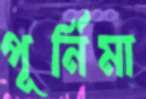
পূর্নিমা